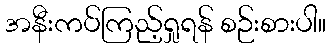
အနီးကပ်ကြည့်ရှုရန် စဉ်းစားပါ။